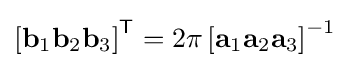
\left[\mathbf {b} _{1}\mathbf {b} _{2}\mathbf {b} _{3}\right]^{\mathsf {T}}=2\pi \left[\mathbf {a} _{1}\mathbf {a} _{2}\mathbf {a} _{3}\right]^{-1}